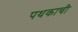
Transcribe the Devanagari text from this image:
पथकाची